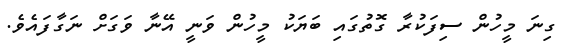
ގިނަ މީހުން ސިފަކުރާ ގޮތުގައި ބަޔަކު މީހުން ވަނީ އޭނާ ވަގަށް ނަގާފައެވެ.